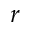
r